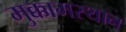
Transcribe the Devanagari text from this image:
मुक्कामस्थान